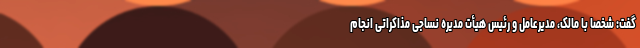
گفت: شخصا با مالک، مدیرعامل و رئیس هیأت مدیره نساجی مذاکراتی انجام